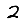
Digit: 2